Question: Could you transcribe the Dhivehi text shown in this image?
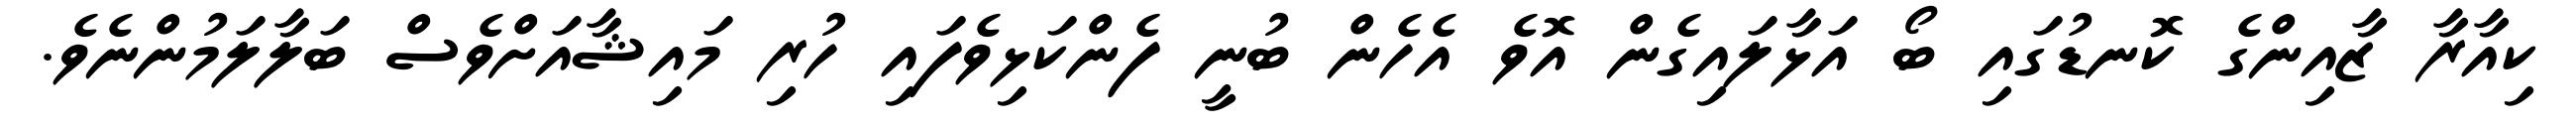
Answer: ކިއާރާ ޒާއިންގެ ކޮނޑުގައި ބޯ އަޅާލައިގެން އޮވެ އެހެން ބުނީ ފެންކަޅިވެފައި ހުރި މައިޝާއަށްވެސް ބަލާލަމުންނެވެ.